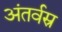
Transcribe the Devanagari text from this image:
अंतर्वस्र